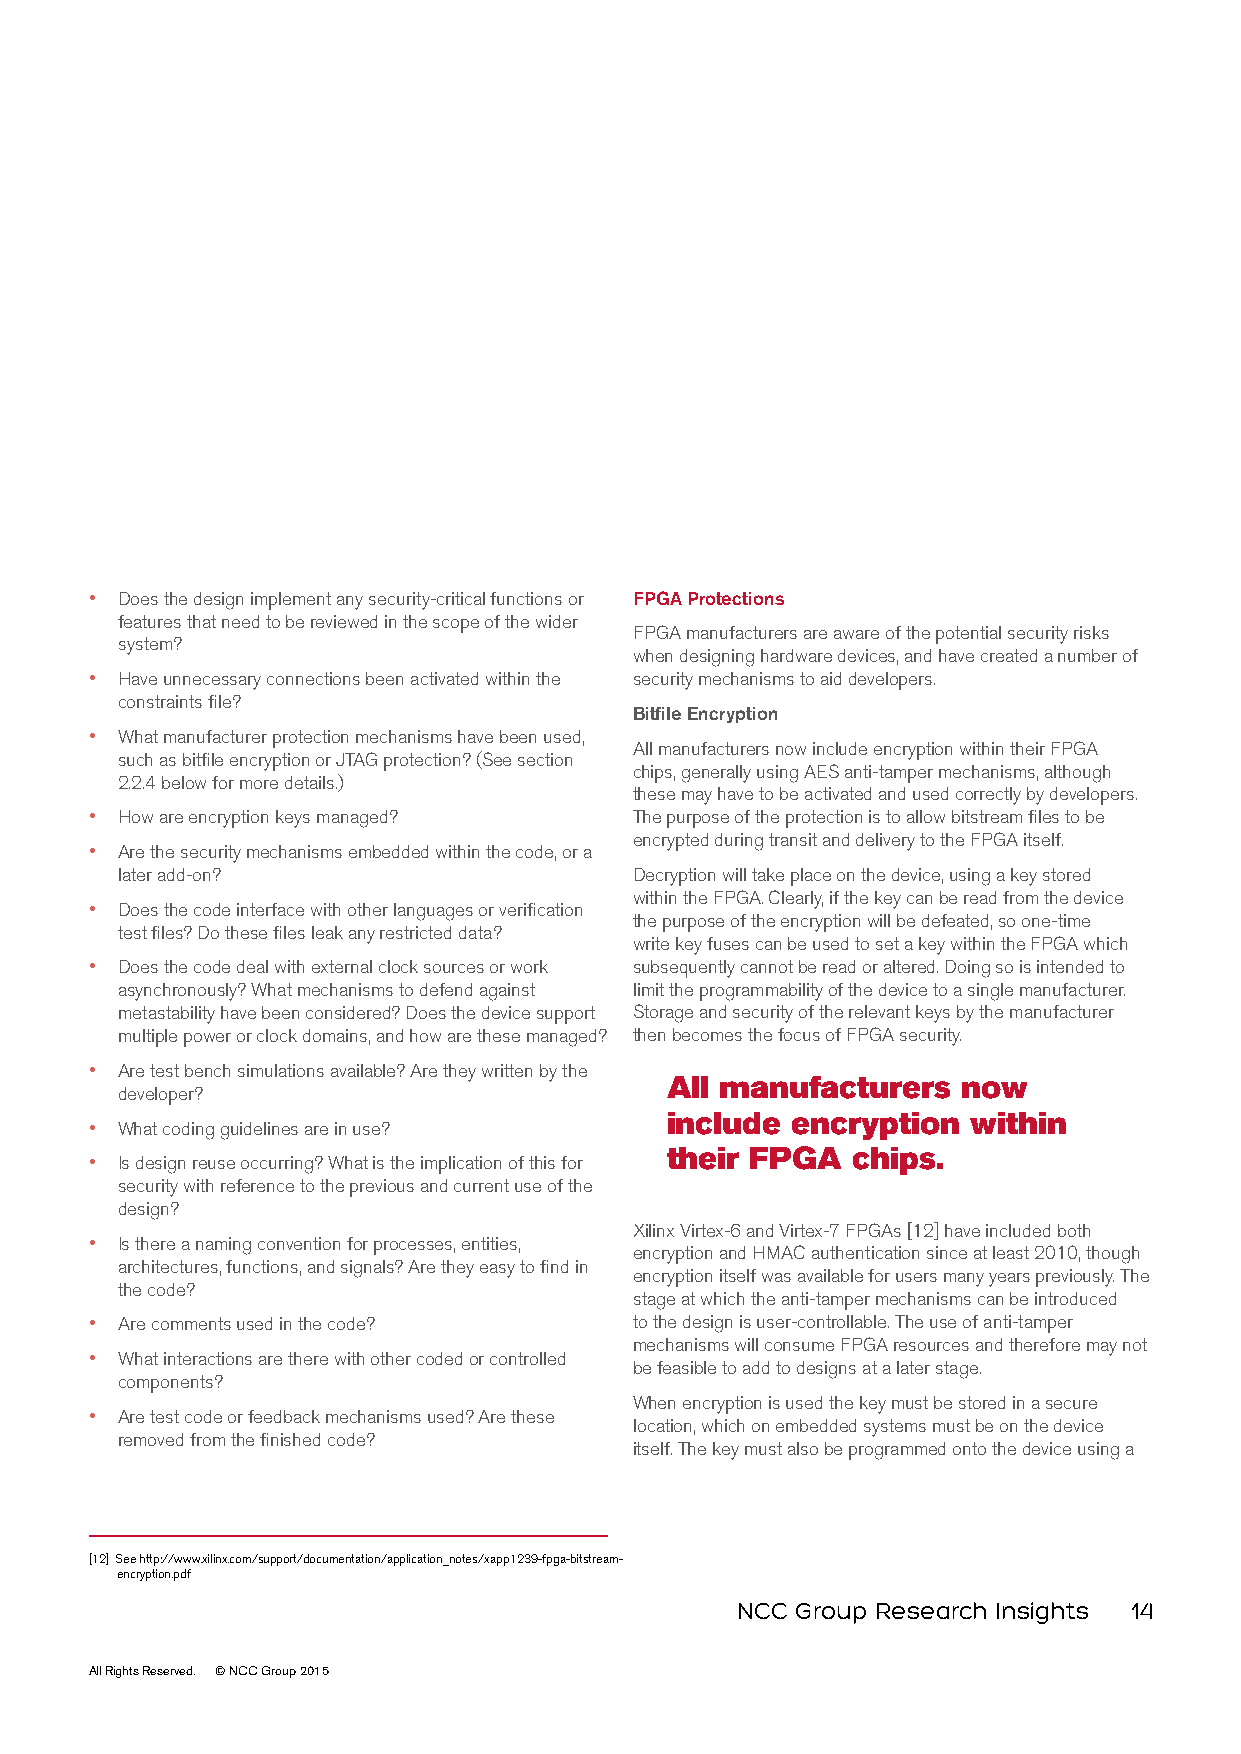
• Does the design implement any security-critical functions or FPGA Protections
 features that need to be reviewed in the scope of the wider
 FPGA manufacturers are aware of the potential security risks
 system?
 when designing hardware devices, and have created a number of
 • Have unnecessary connections been activated within the security mechanisms to aid developers.
 constraints file?
 Bitfile Encryption
 • What manufacturer protection mechanisms have been used,
 All manufacturers now include encryption within their FPGA
 such as bitfile encryption or JTAG protection? (See section
 chips, generally using AES anti-tamper mechanisms, although
 2.2.4 below for more details.)
 these may have to be activated and used correctly by developers.
 • How are encryption keys managed?  The purpose of the protection is to allow bitstream files to be
 encrypted during transit and delivery to the FPGA itself.
 • Are the security mechanisms embedded within the code, or a
 later add-on?                     Decryption will take place on the device, using a key stored
 within the FPGA. Clearly, if the key can be read from the device
 • Does the code interface with other languages or verification
 the purpose of the encryption will be defeated, so one-time
 test files? Do these files leak any restricted data?
 write key fuses can be used to set a key within the FPGA which
 • Does the code deal with external clock sources or work subsequently cannot be read or altered. Doing so is intended to
 asynchronously? What mechanisms to defend against limit the programmability of the device to a single manufacturer.
 metastability have been considered? Does the device support Storage and security of the relevant keys by the manufacturer
 multiple power or clock domains, and how are these managed? then becomes the focus of FPGA security.
 • Are test bench simulations available? Are they written by the
 All manufacturers   now
 developer?
 include encryption  within
 • What coding guidelines are in use?
 their FPGA  chips.
 • Is design reuse occurring? What is the implication of this for
 security with reference to the previous and current use of the
 design?
 Xilinx Virtex-6 and Virtex-7 FPGAs [12] have included both
 • Is there a naming convention for processes, entities,
 encryption and HMAC authentication since at least 2010, though
 architectures, functions, and signals? Are they easy to find in
 encryption itself was available for users many years previously. The
 the code?
 stage at which the anti-tamper mechanisms can be introduced
 • Are comments used in the code?    to the design is user-controllable. The use of anti-tamper
 mechanisms will consume FPGA resources and therefore may not
 • What interactions are there with other coded or controlled
 be feasible to add to designs at a later stage.
 components?
 When encryption is used the key must be stored in a secure
 • Are test code or feedback mechanisms used? Are these
 location, which on embedded systems must be on the device
 removed from the finished code?
 itself. The key must also be programmed onto the device using a
 [12] See http://www.xilinx.com/support/documentation/application_notes/xapp1239-fpga-bitstream-
 encryption.pdf
 NCC Group Research Insights 14
 All Rights Reserved. © NCC Group 2015